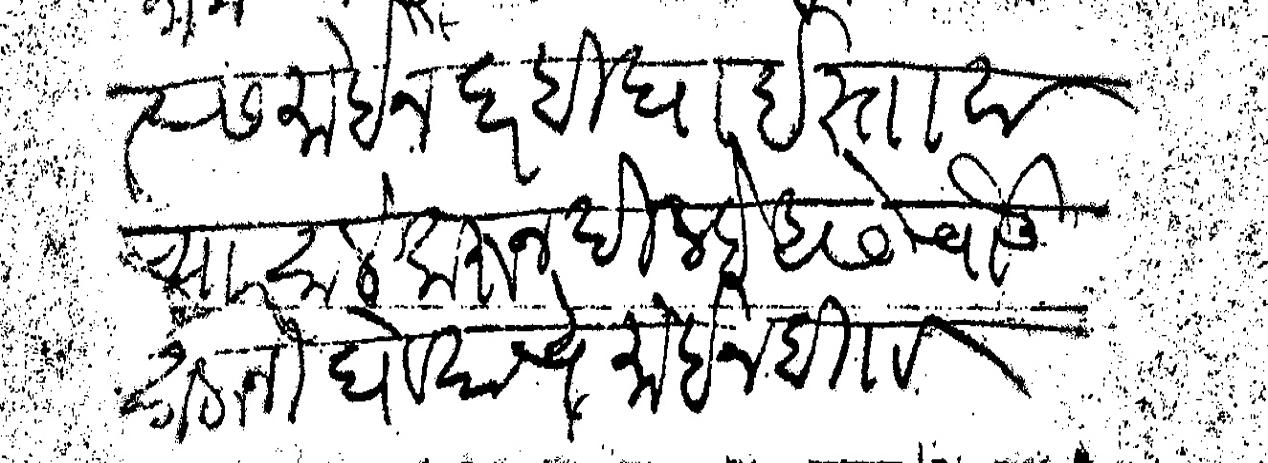
Transliteration (Devanagari): त्यास मोईन दर बिघा इस्तावाच्यार साले करून दिल्हे असे चौऊ